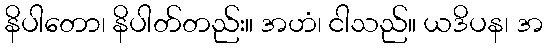
နိပါတော၊ နိပါတ်တည်း။ အဟံ၊ ငါသည်။ ယဒိပန၊ အ